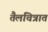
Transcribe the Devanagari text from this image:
तैलचित्रात